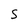
Character: s